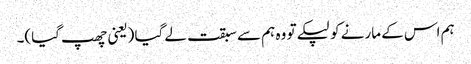
ہم اس کے مارنے کو لپکے تو وہ ہم سے سبقت لے گیا (یعنی چھپ گیا)۔